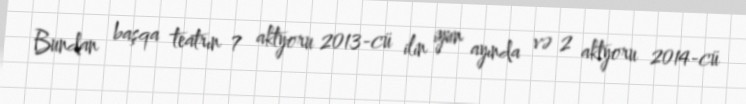
Bundan başqa teatrın 7 aktyoru 2013-cü ilin iyun ayında və 2 aktyoru 2014-cü